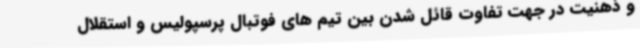
و ذهنیت در جهت تفاوت قائل شدن بین تیم های فوتبال پرسپولیس و استقلال